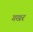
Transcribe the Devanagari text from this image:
गखर